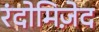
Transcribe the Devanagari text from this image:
रंदोमिज़ेद